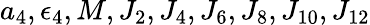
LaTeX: a_{4},\epsilon_{4},M,J_{2},J_{4},J_{6},J_{8},J_{10},J_{12}